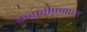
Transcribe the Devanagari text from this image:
करारीपणाचा